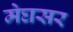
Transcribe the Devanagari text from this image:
मेघसर